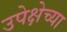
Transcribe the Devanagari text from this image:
उपेक्षेच्या